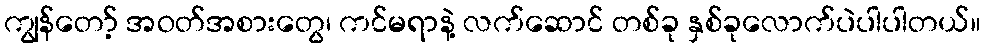
ကျွန်တော့် အဝတ်အစားတွေ၊ ကင်မရာနဲ့ လက်ဆောင် တစ်ခု နှစ်ခုလောက်ပဲပါပါတယ်။